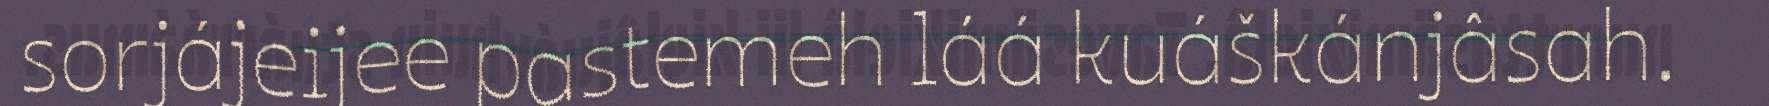
sorjájeijee pastemeh láá kuáškánjâsah.